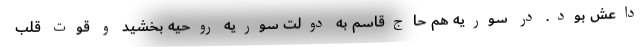
داعش بود. در سوریه هم حاج‌قاسم به دولت سوریه روحیه بخشید و قوت قلب